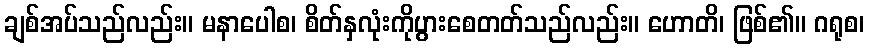
ချစ်အပ်သည်လည်း။ မနာပေါစ၊ စိတ်နှလုံးကိုပွားစေတတ်သည်လည်း။ ဟောတိ၊ ဖြစ်၏။ ဂရုစ၊